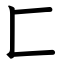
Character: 匚